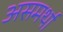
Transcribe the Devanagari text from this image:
असमर्था